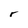
Character: r